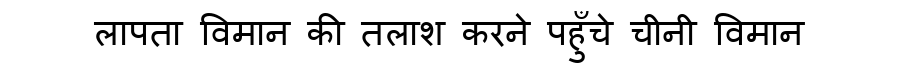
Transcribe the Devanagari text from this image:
लापता विमान की तलाश करने पहुँचे चीनी विमान